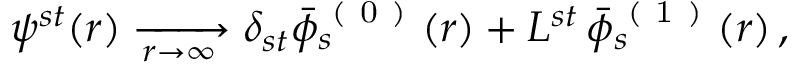
\begin{array} { r } { \psi ^ { s t } ( r ) \xrightarrow [ r \to \infty ] { } \delta _ { s t } \bar { \phi } _ { s } ^ { \mathrm { ~ ( ~ 0 ~ ) ~ } } ( r ) + L ^ { s t } \, \bar { \phi } _ { s } ^ { \mathrm { ~ ( ~ 1 ~ ) ~ } } ( r ) \, , } \end{array}